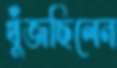
খুঁজছিলেন